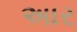
અાર